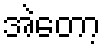
အဲတော့